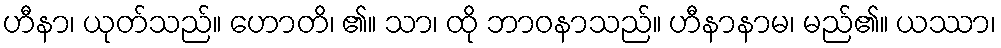
ဟီနာ၊ ယုတ်သည်။ ဟောတိ၊ ၏။ သာ၊ ထို ဘာဝနာသည်။ ဟီနာနာမ၊ မည်၏။ ယဿာ၊